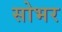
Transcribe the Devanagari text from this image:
सोभर